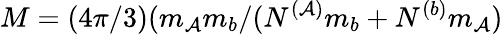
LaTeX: M=(4\pi/3)(m_{\mathcal{A}}m_{b}/(N^{(\mathcal{A})}m_{b}+N^{(b)}m_{\mathcal{A}})